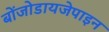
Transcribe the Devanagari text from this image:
बोंजोडायजेपाइन